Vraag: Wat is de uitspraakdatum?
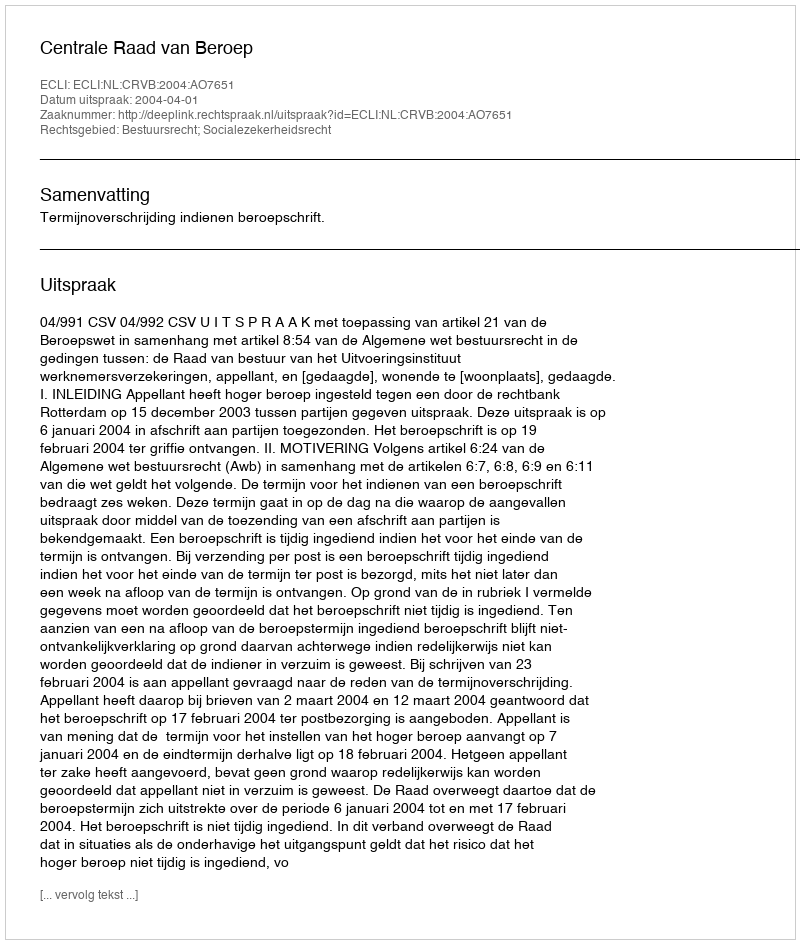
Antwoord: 2004-04-01